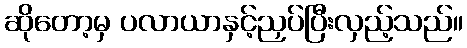
ဆိုတော့မှ ပလာယာနှင့်ညှပ်ပြီးလှည့်သည်။